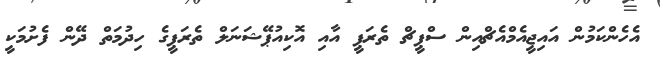
އެހެންކަމުން އައިޖީއެމްއެޗްއިން ސްޕީޗް ތެރަޕީ އާއި އޮކިއުޕޭޝަނަލް ތެރަޕީގެ ހިދުމަތް ދޭން ފެށުމަކީ